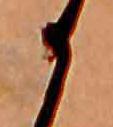
か